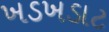
ખડખડાટ